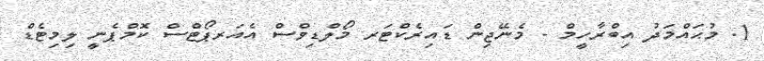
1. މުޙައްމަދު އިބްރާހީމް - މެނޭޖިން ޑައިރެކްޓަރ މޯލްޑިވްސް އެއަރޕޯޓްސް ކޮމްޕެނީ ލިމިޓެޑް